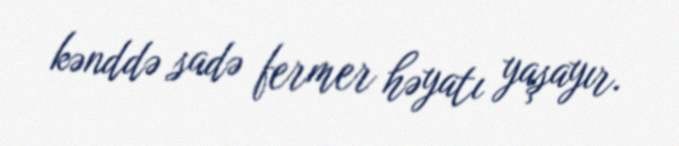
kənddə sadə fermer həyatı yaşayır.